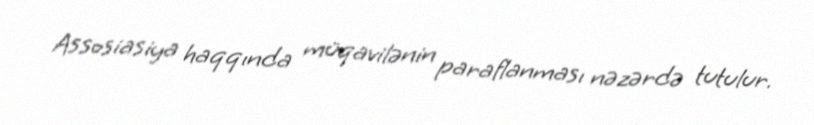
Assosiasiya haqqında müqavilənin paraflanması nəzərdə tutulur.